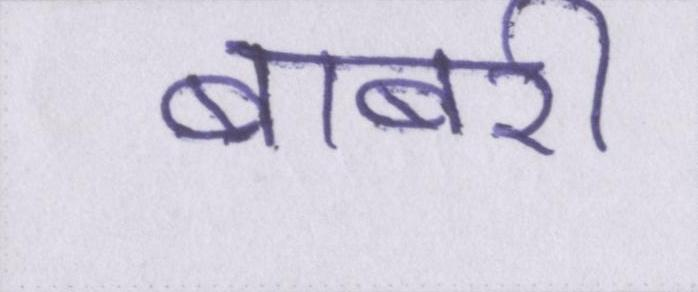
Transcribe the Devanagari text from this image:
बाबरी